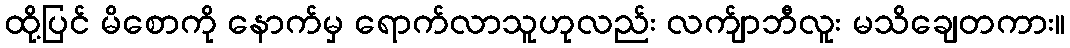
ထို့ပြင် မိစောကို နောက်မှ ရောက်လာသူဟုလည်း လက်ျာဘီလူး မသိချေတကား။